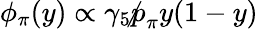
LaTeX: \phi_{\pi}(y)\propto\gamma_{5}\not p_{\pi}y(1-y)